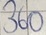
Text: 360